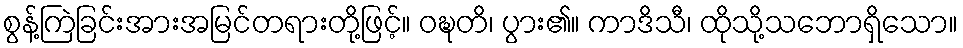
စွန့်ကြဲခြင်းအားအမြင်တရားတို့ဖြင့်။ ဝဍ္ဎတိ၊ ပွား၏။ ကာဒိသီ၊ ထိုသို့သဘောရှိသော။